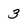
Character: 3